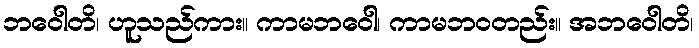
ဘဝေါတိ၊ ဟူသည်ကား။ ကာမဘဝေါ၊ ကာမဘဝတည်း။ အဘဝေါတိ၊